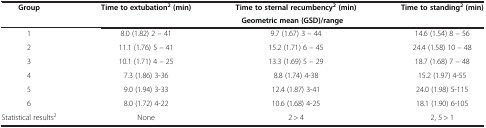
<table><thead><tr><td><b>Group</b></td><td><b>Time to extubation<sup>2 </sup>(min)</b></td><td><b>Time to sternal recumbency<sup>2 </sup>(min)</b></td><td><b>Time to standing<sup>2 </sup>(min)</b></td></tr><tr><td><b> </b></td><td colspan="3"><b>Geometric mean (GSD)/range</b></td></tr></thead><tbody><tr><td>1</td><td>8.0 (1.82) 2 – 41</td><td>9.7 (1.67) 3 – 44</td><td>14.6 (1.54) 8 – 56</td></tr><tr><td>2</td><td>11.1 (1.76) 5 – 41</td><td>15.2 (1.71) 6 – 45</td><td>24.4 (1.58) 10 – 48</td></tr><tr><td>3</td><td>10.1 (1.71) 4 – 25</td><td>13.3 (1.69) 5 – 29</td><td>18.7 (1.68) 7 – 48</td></tr><tr><td>4</td><td>7.3 (1.86) 3-36</td><td>8.8 (1.74) 4-38</td><td>15.2 (1.97) 4-55</td></tr><tr><td>5</td><td>9.0 (1.94) 3-33</td><td>12.4 (1.87) 3-41</td><td>24.0 (1.98) 5-115</td></tr><tr><td>6</td><td>8.0 (1.72) 4-22</td><td>10.6 (1.68) 4-25</td><td>18.1 (1.90) 6-105</td></tr><tr><td>Statistical results<sup>2</sup></td><td>None</td><td>2 &gt; 4</td><td>2, 5 &gt; 1</td></tr></tbody></table>